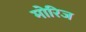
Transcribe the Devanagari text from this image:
मोरिज